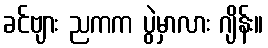
ခင်ဗျား ညကက ပွဲမှာလား ဂျိန်း။